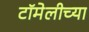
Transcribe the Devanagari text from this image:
टॉमेलीच्या